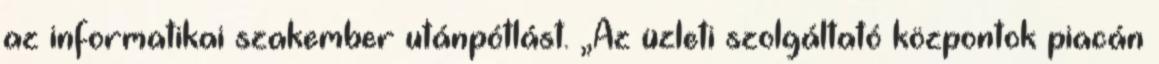
az informatikai szakember utánpótlást. „Az üzleti szolgáltató központok piacán